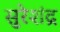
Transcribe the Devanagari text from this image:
सुरेशंद्र